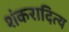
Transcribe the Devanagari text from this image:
शंकरादित्य